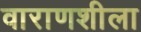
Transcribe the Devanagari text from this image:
वाराणशीला